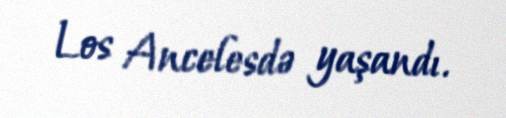
Los Ancelesdə yaşandı.